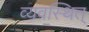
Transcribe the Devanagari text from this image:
व्यवस्थित्